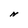
Character: N